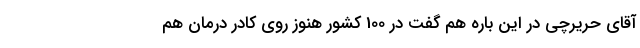
آقای حریرچی در این باره هم گفت در 100 کشور هنوز روی کادر درمان هم